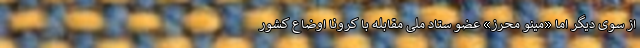
از سوی دیگر اما «مینو محرز» عضو ستاد ملی مقابله با کرونا اوضاع کشور